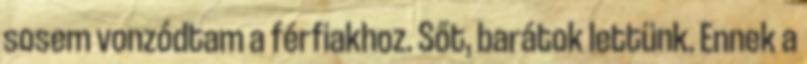
sosem vonzódtam a férfiakhoz. Sőt, barátok lettünk. Ennek a